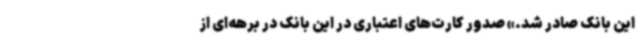
این بانک صادر شد.» صدور کارت‌های اعتباری در این بانک در برهه‌ای از